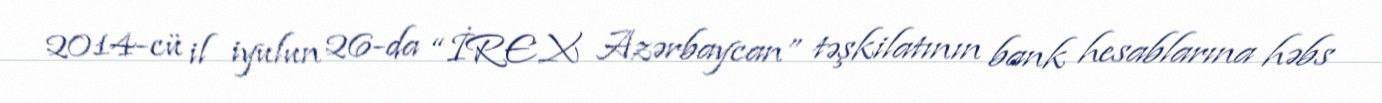
2014-cü il iyulun 26-da “İREX Azərbaycan” təşkilatının bank hesablarına həbs